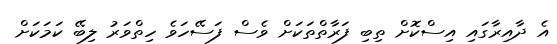
އެ ދާއިރާގައި އިސްކޮށް ތިބި ފަރާތްތަކަށް ވެސް ފަސޭހަވެ ހިތްވަރު ލިބޭ ކަމަކަށް